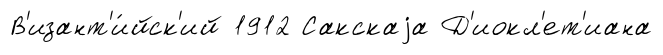
В'изант'и́йск'ий 1912 Сакскаjа Д'иокл'ет'иана